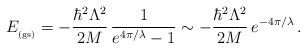
\begin{align*}E_{_{\rm (gs)}}=- \frac{ \hbar^{2} \Lambda^{2} }{2M}\,\frac{1}{e^{4\pi/\lambda} -1}\sim- \frac{ \hbar^{2} \Lambda^{2} }{2M}\,e^{-4\pi/\lambda}\, .\end{align*}